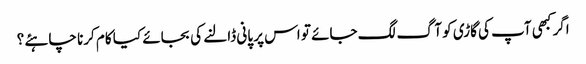
اگر کبھی آپ کی گاڑی کو آگ لگ جائے تو اس پر پانی ڈالنے کی بجائے کیا کام کرنا چاہئے ؟